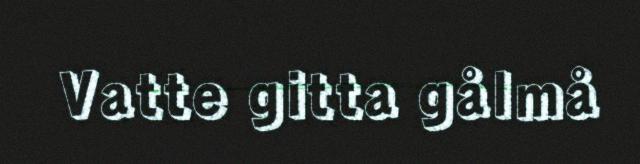
Vatte gitta gålmå